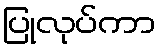
ပြုလုပ်ကာ